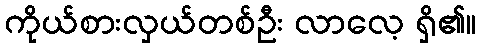
ကိုယ်စားလှယ်တစ်ဦး လာလေ့ ရှိ၏။